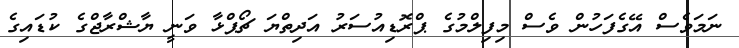
ނަމަވެސް އޭގެފަހުން ވެސް މިފިލްމުގެ ޕްރޮޑިއުސަރު އަދިތްޔަ ޗޯޕްޅާ ވަނީ ޔާޝްރާޖްގެ ކުޑައިގެ